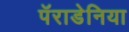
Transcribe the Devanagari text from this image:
पॅराडेनिया